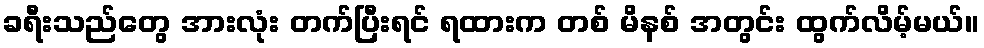
ခရီးသည်တွေ အားလုံး တက်ပြီးရင် ရထားက တစ် မိနစ် အတွင်း ထွက်လိမ့်မယ်။